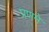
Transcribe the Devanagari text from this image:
प्रणमे